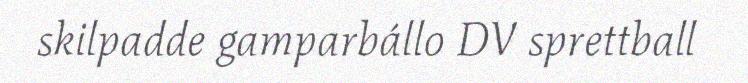
skilpadde gamparbállo DV sprettball